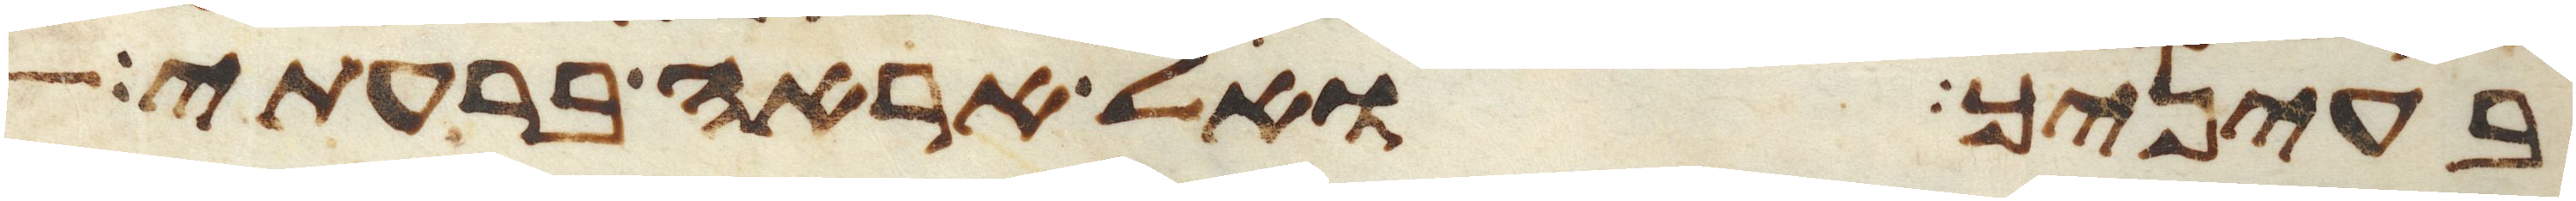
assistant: בעיניך ואל אראה ברעתי